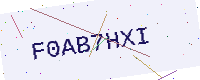
Text: F0AB7HXI